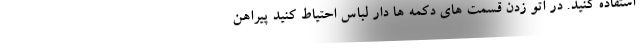
استفاده کنید. در اتو زدن قسمت های دکمه ها دار لباس احتیاط کنید پیراهن